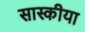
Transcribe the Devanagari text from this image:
सास्कीया